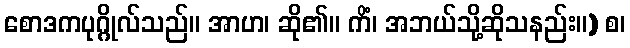
စောဒကပုဂ္ဂိုလ်သည်။ အာဟ၊ ဆို၏။ ကိံ၊ အဘယ်သို့ဆိုသနည်း။) စ၊